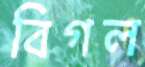
বিগল